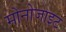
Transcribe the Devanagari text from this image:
मोनोजाइट